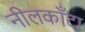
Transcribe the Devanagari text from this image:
नीलकाँटा